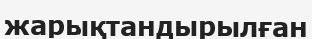
жарықтандырылған